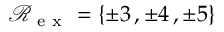
\mathcal R _ { \mathrm { ~ e ~ x ~ } } = \{ \pm 3 \, , \pm 4 \, , \pm 5 \}